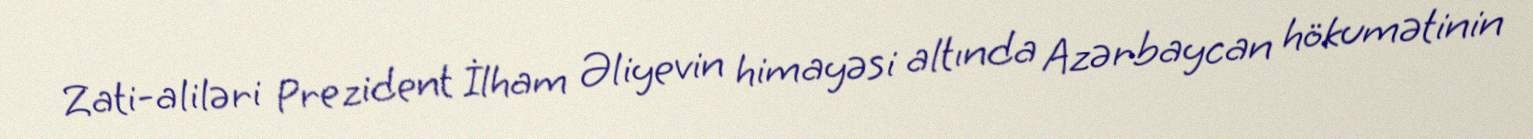
Zati-aliləri Prezident İlham Əliyevin himayəsi altında Azərbaycan hökumətinin